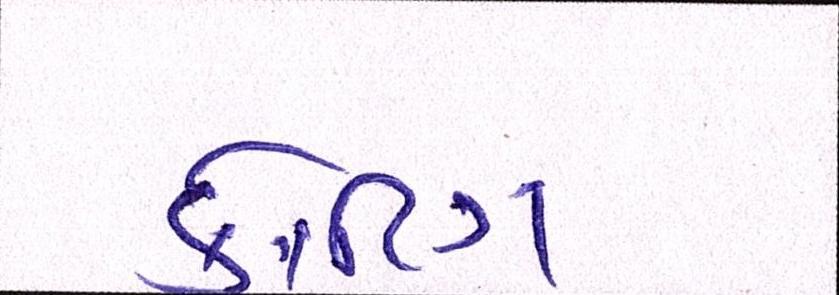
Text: કોટિંગ